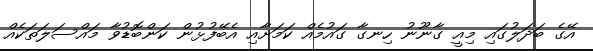
އޭގެ ބަދަލުގައި މިއީ ގާނޫނު ހިނގާ ގައުމެއް ކަމަށާއި އެބޭފުޅުން ކަންބޮޑުވާ މަައްސަލަތަކެއް